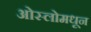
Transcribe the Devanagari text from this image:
ओस्लोमधून